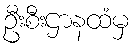
ဦးစီးဌာနထံမှ